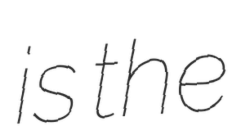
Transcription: is the